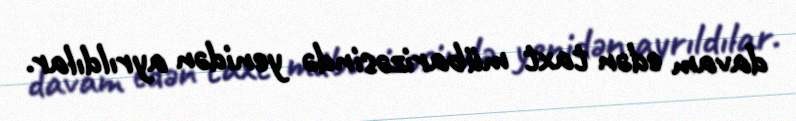
davam edən taxt mübarizəsində yenidən ayrıldılar.